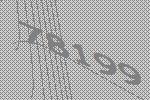
78199